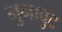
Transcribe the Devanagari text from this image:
नुनावुट